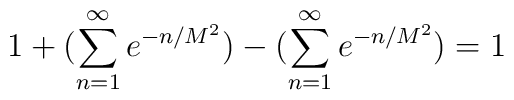
1 + (\sum_{n=1}^{\infty}e^{-n/M^{2}}) - (\sum_{n=1}^{\infty}e^{-n/M^{2}})= 1